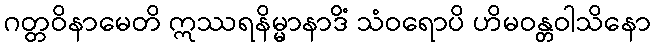
ဂတ္တဝိနာမေတိ ဣဿရနိမ္မာနာဒိံ သံဝရောပိ ဟိမဝန္တဝါသိနော